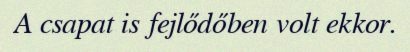
A csapat is fejlődőben volt ekkor.